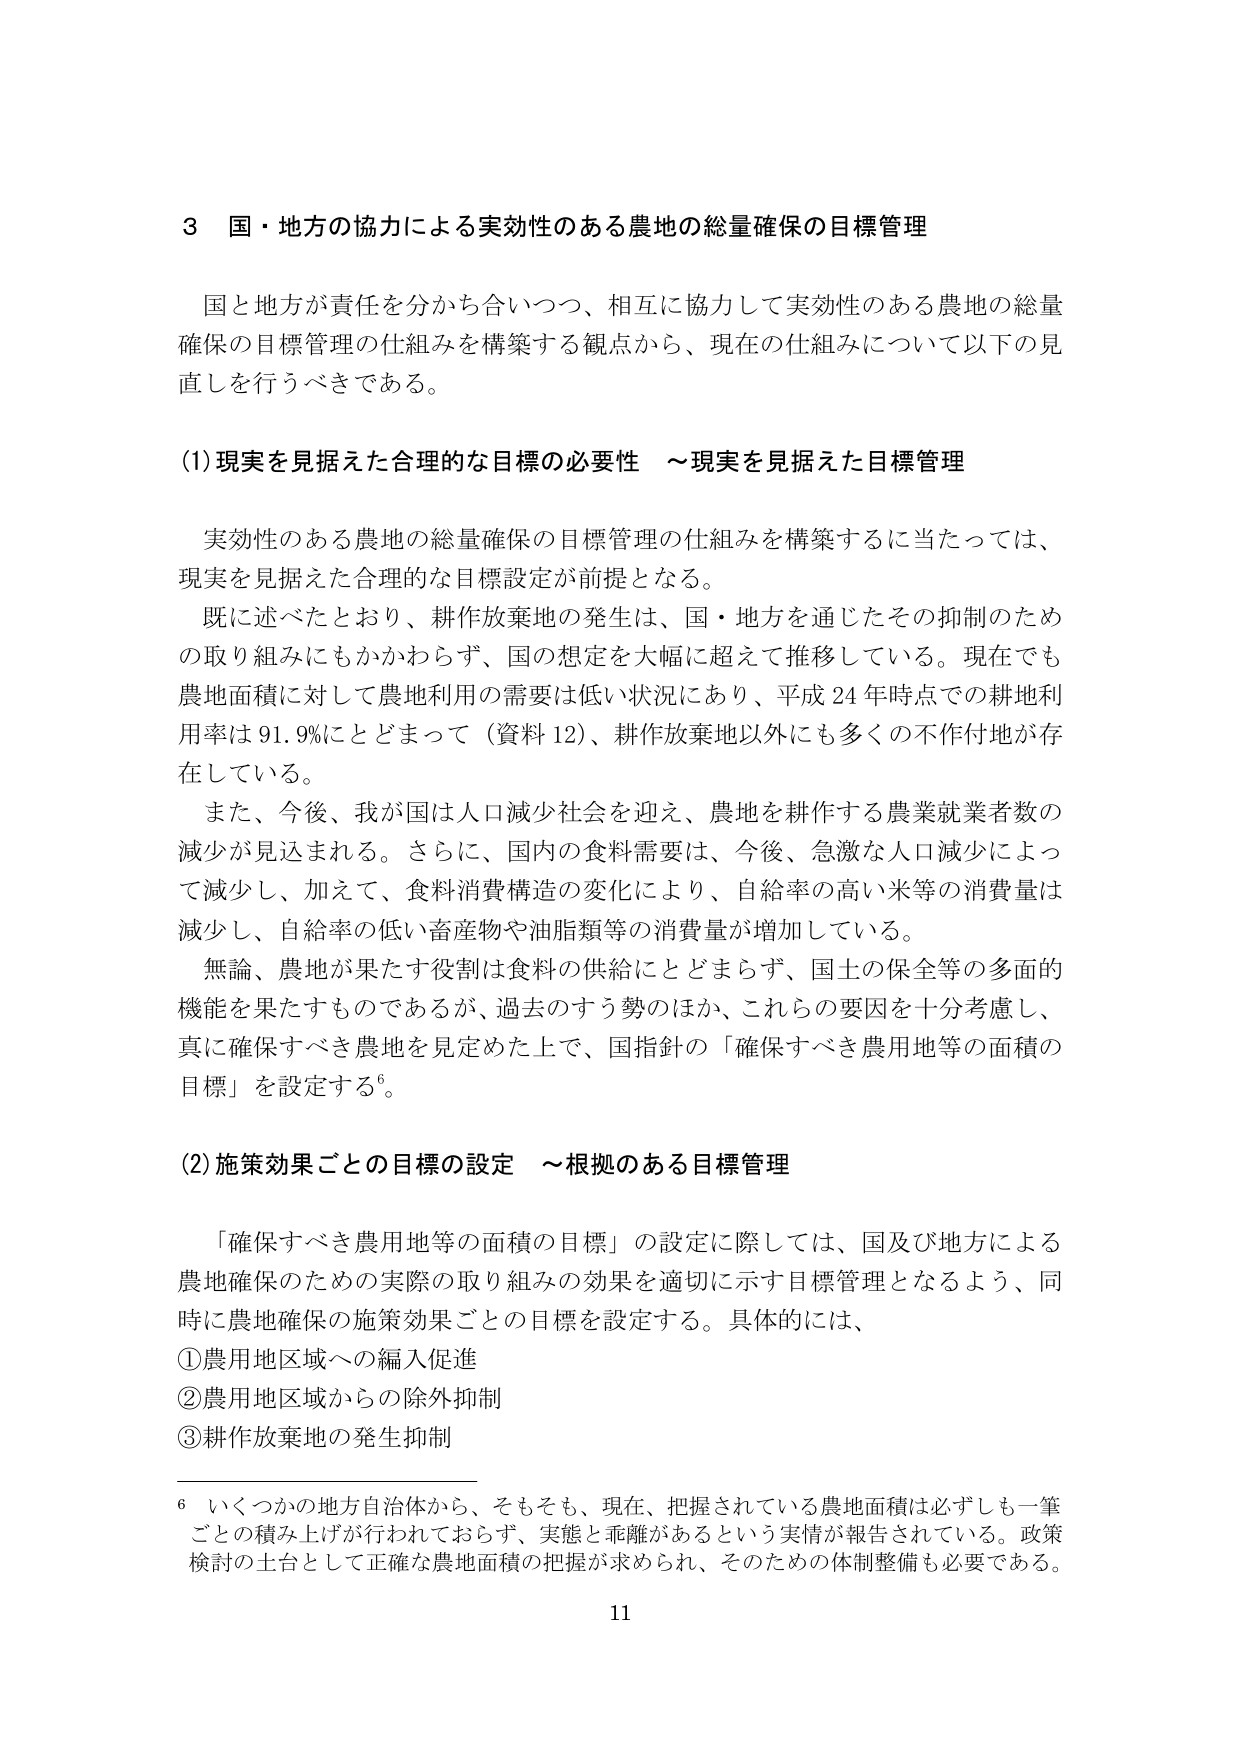
3 国・地方の協力による実効性のある農地の総量確保の目標管理

国と地方が責任を分かち合いつつ、相互に協力して実効性のある農地の総量確保の目標管理の仕組みを構築する観点から、現在の仕組みについて以下の見直しを行うべきである。

(1) 現実を見据えた合理的な目標の必要性 ～現実を見据えた目標管理

実効性のある農地の総量確保の目標管理の仕組みを構築するに当たっては、現実を見据えた合理的な目標設定が前提となる。

既に述べたとおり、耕作放棄地の発生は、国・地方を通じたその抑制のための取り組みにもかかわらず、国の想定を大幅に超えて推移している。現在でも農地面積に対して農地利用の需要は低い状況にあり、平成24年時点での耕地利用率は91.9%にとどまって（資料12）、耕作放棄地以外にも多くの不作付地が存在している。

また、今後、我が国は人口減少社会を迎え、農地を耕作する農業就業者数の減少が見込まれる。さらに、国内の食料需要は、今後、急激な人口減少によって減少し、加えて、食料消費構造の変化により、自給率の高い米等の消費量は減少し、自給率の低い畜産物や油脂類等の消費量が増加している。

無論、農地が果たす役割は食料の供給にとどまらず、国土の保全等の多面的機能を果たすものであるが、過去のすら勢のほか、これらの要因を十分考慮し、真に確保すべき農地を見定めた上で、国指針の「確保すべき農用地等の面積の目標」を設定する⁶。

(2) 施策効果ごとの目標の設定 ～根拠のある目標管理

「確保すべき農用地等の面積の目標」の設定に際しては、国及び地方による農地確保のための実際の取り組みの効果を適切に示す目標管理となるよう、同時に農地確保の施策効果ごとの目標を設定する。具体的には、

① 農用地区域への編入促進
② 農用地区域からの除外抑制
③ 耕作放棄地の発生抑制

⁶ いくつかの地方自治体から、そもそも、現在、把握されている農地面積は必ずしも一筆ごとの積み上げが行われておらず、実態と乖離があるという実情が報告されている。政策検討の土台として正確な農地面積の把握が求められ、そのための体制整備も必要である。

11